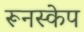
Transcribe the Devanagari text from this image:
रूनस्केप